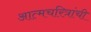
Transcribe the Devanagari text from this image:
आत्मचरित्रांची